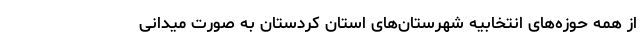
از همه حوزه‌های انتخابیه شهرستان‌های استان کردستان به صورت میدانی